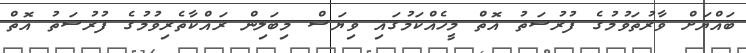
ބައްޔަށް ވާރުތަވުމުގެ ފުރުސަތު އޮތް މީހެއްކަމުގައި ވިޔަސް މިބަލިން ރައްކާތެރިވުމުގެ ފުރުސަތު އޮތް